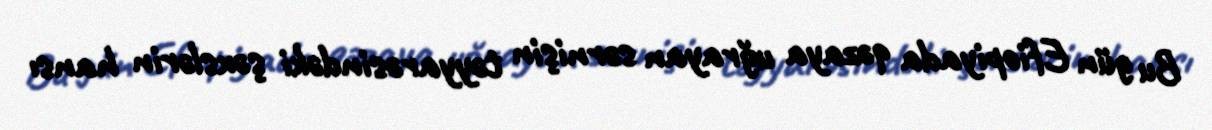
Bu gün Efiopiyada qəzaya uğrayan sərnişin təyyarəsindəki şəxslərin hansı